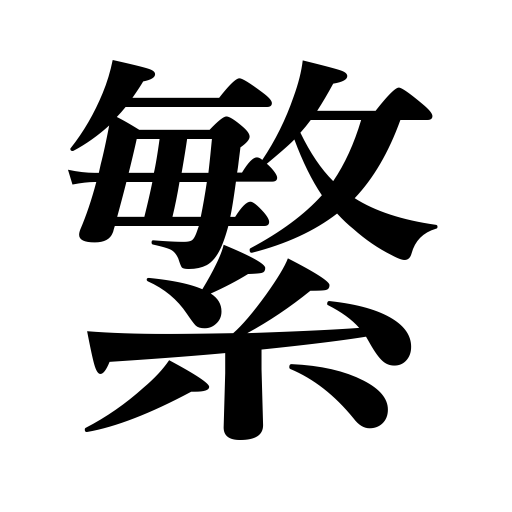
Meanings: complexity,trouble,frequency